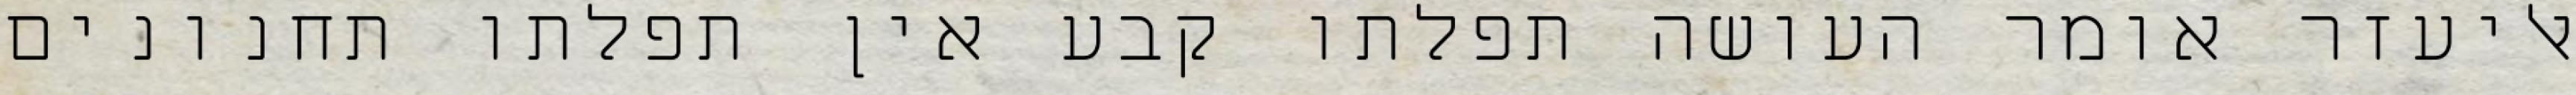
אליעזר אומר העושה תפלתו קבע אין תפלתו תחנונים